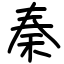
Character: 秦